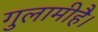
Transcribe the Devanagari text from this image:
गुलामीहै।